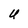
Character: U